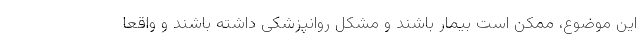
این موضوع، ممکن است بیمار باشند و مشکل روانپزشکی داشته باشند و واقعا